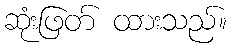
ဆုံးဖြတ် ထားသည်။